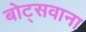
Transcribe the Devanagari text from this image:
बोट्सवाना